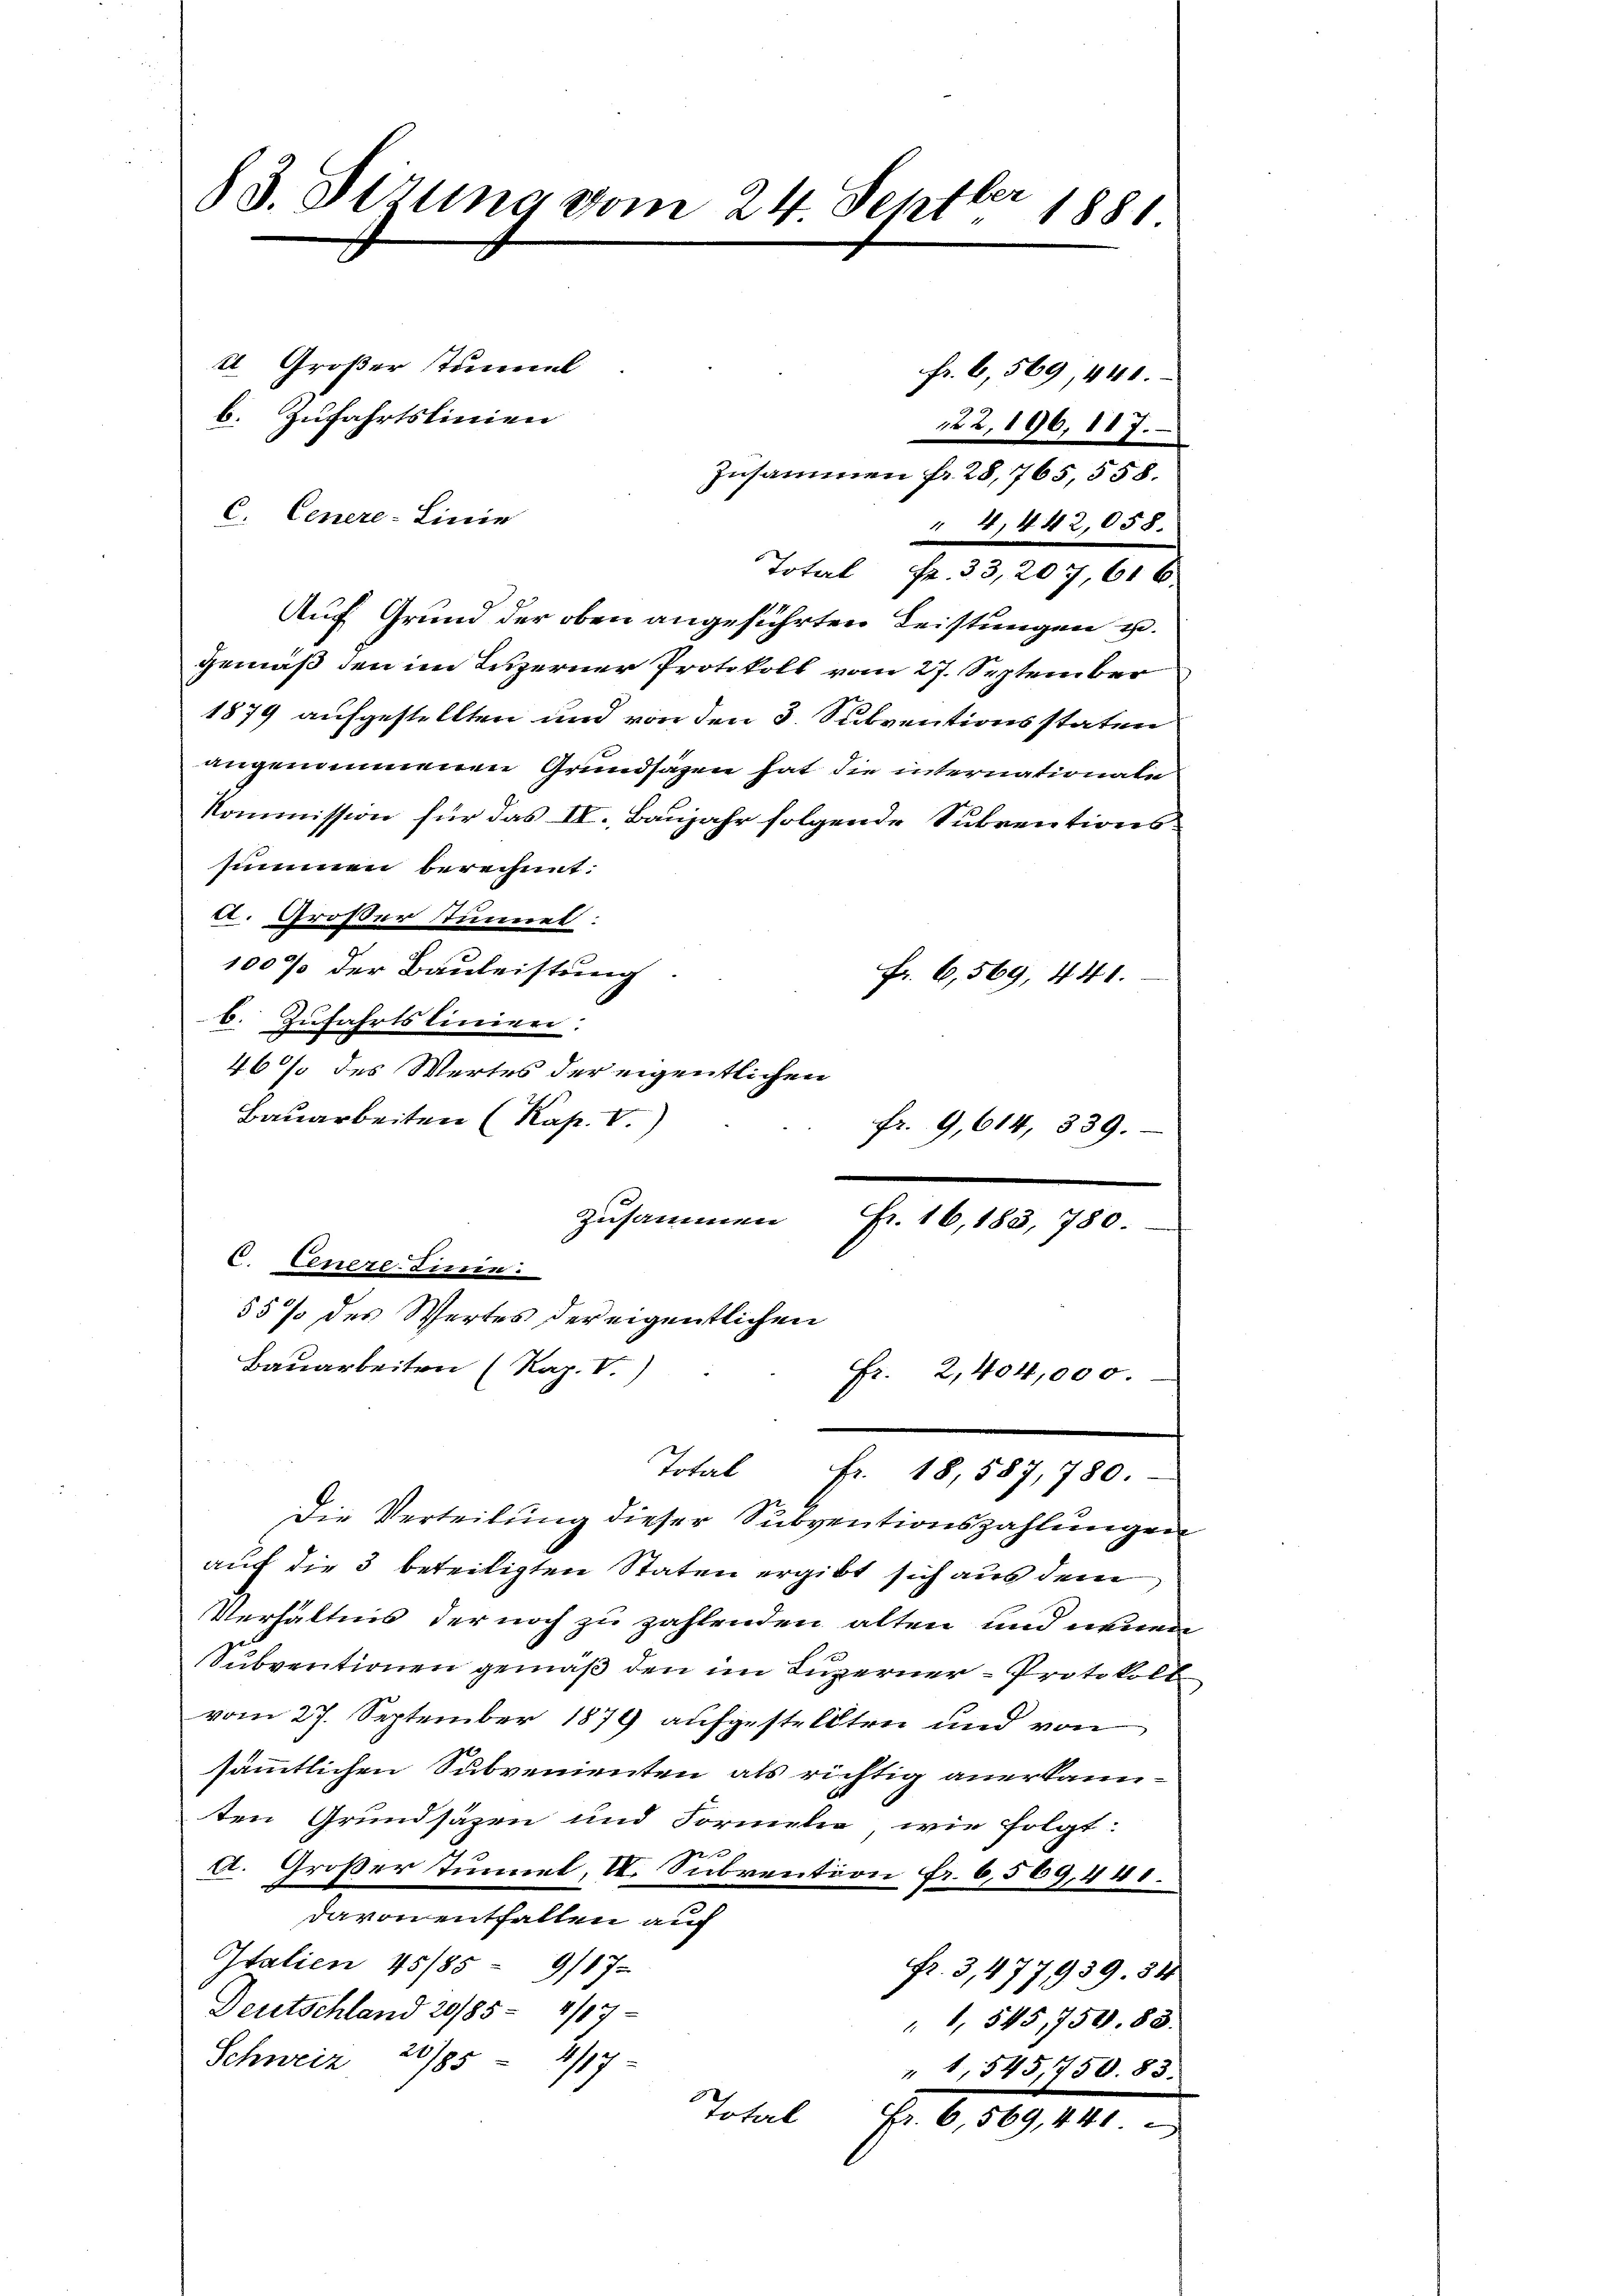
83. Sizung vom 24. Septbr 1881

I Größer Tumal
b. Zufahrtslinien

Fr. 6,569, 440.
N22,196, 117.
Zusammen fr. 28,765, 558.
C. Genere-Linie
" 4, 442,058.
Auf Grund der oben angeführten Leistungen u.
gemäß den im Luzerner Protokoll vom 27. September
1879 aufgestellten und von den 3. Subventionsstaten
angenommenen Grundsazen hat die internationate
Kommission für das IV., Baujahr folgende Subventionssummen berechnet:
a. Großer Tunnel:
100% der Bauleistung.
Fr. 6,569, 441.
6. Zufahrtsliniere.
46% des Wertes der eigentlichen
Bauarbeiten (Kap. C.)
fr. 9, 614, 339.
zusammen
6. Centre-Linien.
55% des Wertes der eigentlichen
Bauarbeiten (Kap. V.)
Fr. 2,404,000.
Total Fr. 18,587, 780.
Die Verteilung dieser Subventionszahlungen
auf die 3 beteiligten Staten ergibt sich aus dem
Verhältnis der noch zu zahlenden alten und neuen
Subventionen gemäß den im Luzerner Protokoll
vom 27. September 1879 aufgestellten und von
sämmtlichen Subvenienten als richtig anerkannten Grundsäzen und Formeln wie folgt:
2
2. Großer Tunnel, II. Subvention Fr. 6,569,440.
davon entfallen auf
Italien 45/85 9/17.
Fr. 3, 477939. 54
Deutschland 29/85- 4/17-
" 1, 545,750. 83.
Schweiz 20/85 - 4/17-
" 1,845,750. 83.
Total
Fr. 6,569, 441.

Total Fr. 33,207, 616.

Fr. 16, 183, 780.